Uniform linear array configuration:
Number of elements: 32
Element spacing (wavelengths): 0.25
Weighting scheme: binomial
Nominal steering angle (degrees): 30
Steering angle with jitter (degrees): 30.775
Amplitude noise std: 0.05
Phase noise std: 0.05

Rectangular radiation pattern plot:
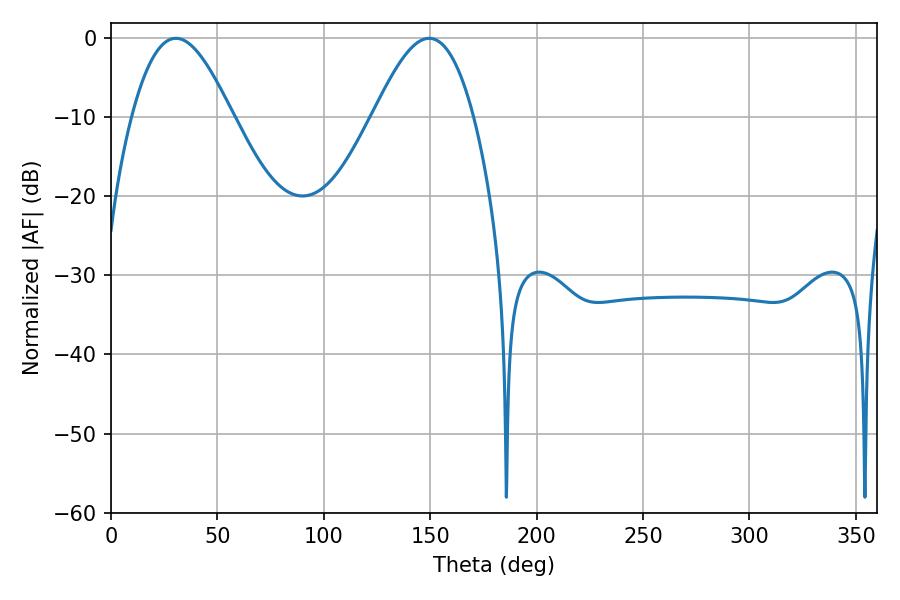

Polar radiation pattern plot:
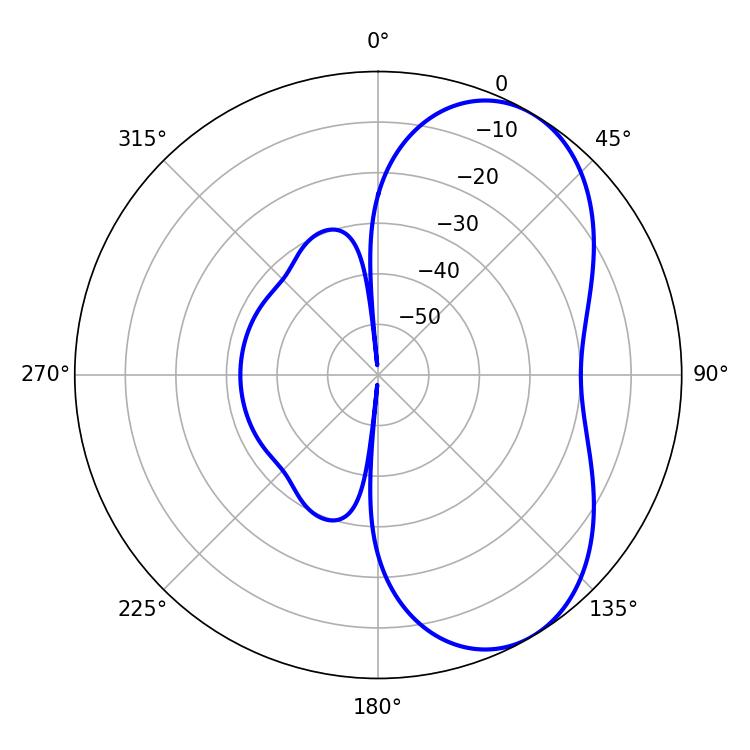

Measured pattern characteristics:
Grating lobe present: FALSE
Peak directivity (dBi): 5.835
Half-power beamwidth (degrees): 25.38
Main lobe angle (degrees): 30.42